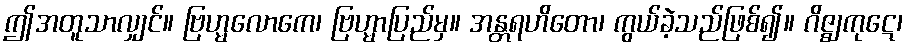
ဤအတူသာလျှင်။ ဗြဟ္မလောကေ၊ ဗြဟ္မာပြည်မှ။ အန္တရဟိတော၊ ကွယ်ခဲ့သည်ဖြစ်၍။ ဂိဇ္ဈကုဋေ၊